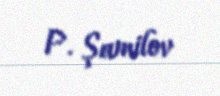
P. Şamilov